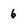
Character: 6